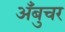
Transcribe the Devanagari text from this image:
अँबुचर